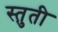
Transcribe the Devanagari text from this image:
स्‍तुती